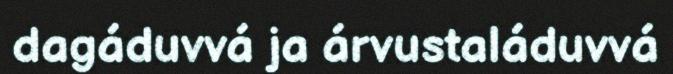
dagáduvvá ja árvustaláduvvá